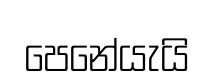
පෙනේයැයි